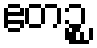
ဧတဉ္စ